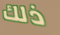
ذلك